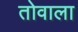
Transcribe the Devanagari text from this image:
तोवाला